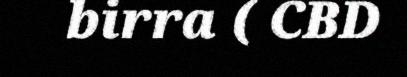
birra ( CBD